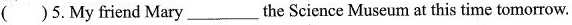
( )5.My friend Mary ___ the Science Museum at this time tomorrow.